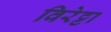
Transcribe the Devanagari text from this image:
विरेट्टा